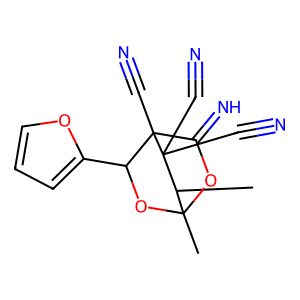
SMILES: CC1C2(C)OC(=N)C(C#N)(C(c3ccco3)O2)C1(C#N)C#N
Inhibits HIV replication: No